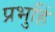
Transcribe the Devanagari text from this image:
प्रभुहिं